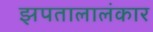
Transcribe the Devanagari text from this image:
झपतालालंकार